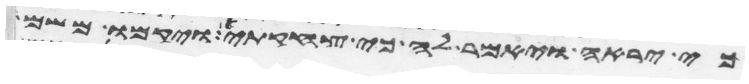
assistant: כי יראה ויאמר לה כי צחקת ויקמו משם